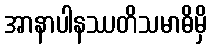
အာနာပါနဿတိသမာဓိမှိ